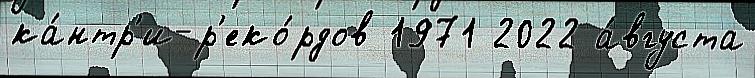
ка́нтр'и-р'еко́рдов 1971 2022 а́вгуста